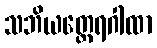
သဘိယတ္ထေရဂါထာ